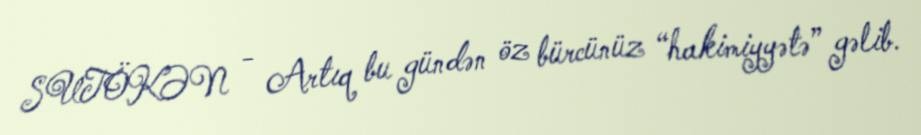
SUTÖKƏN - Artıq bu gündən öz bürcünüz “hakimiyyətə” gəlib.